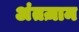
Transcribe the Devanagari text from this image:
अंतज़ाम